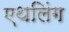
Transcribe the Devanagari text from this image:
एथलिंग